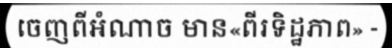
ចេញពីអំណាច មាន«ពីរទិដ្ឋភាព» -